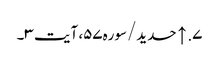
۷. ↑ حدید/سوره۵۷، آیت ۳۔